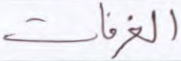
الغرفات